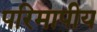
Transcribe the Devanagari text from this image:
परिमापीय